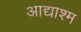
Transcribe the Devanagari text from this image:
आद्याश्म